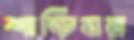
শাড়িঘর